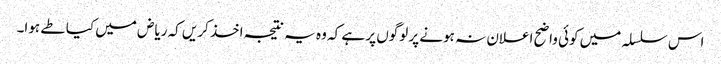
اس سلسلہ میں کوئی واضح اعلان نہ ہونے پر لوگوں پر ہے کہ وہ یہ نتیجہ اخذ کریں کہ ریاض میں کیا طے ہوا۔